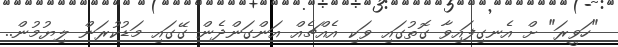
"ހަވީރަ" ށް އެނގިފައިވާ ގޮތުގައި ވަކި އެއްޗެއް އަންގަންދެން ގޭގައި މަޑުކުރަން ލިޔުމުން..